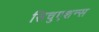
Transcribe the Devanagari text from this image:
सिचुएशन्स